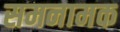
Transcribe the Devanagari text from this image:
समनामक